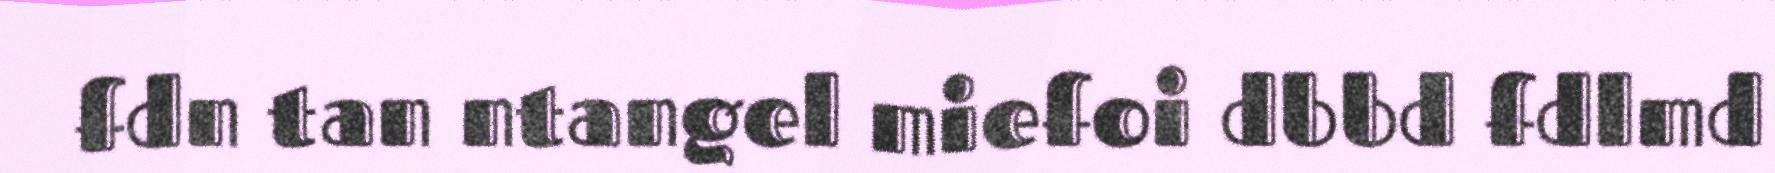
fdn tan ntangel miefoi dbbd fdlmd